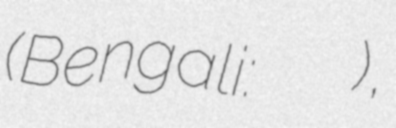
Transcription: (Bengali: আহমেদুল কবির),